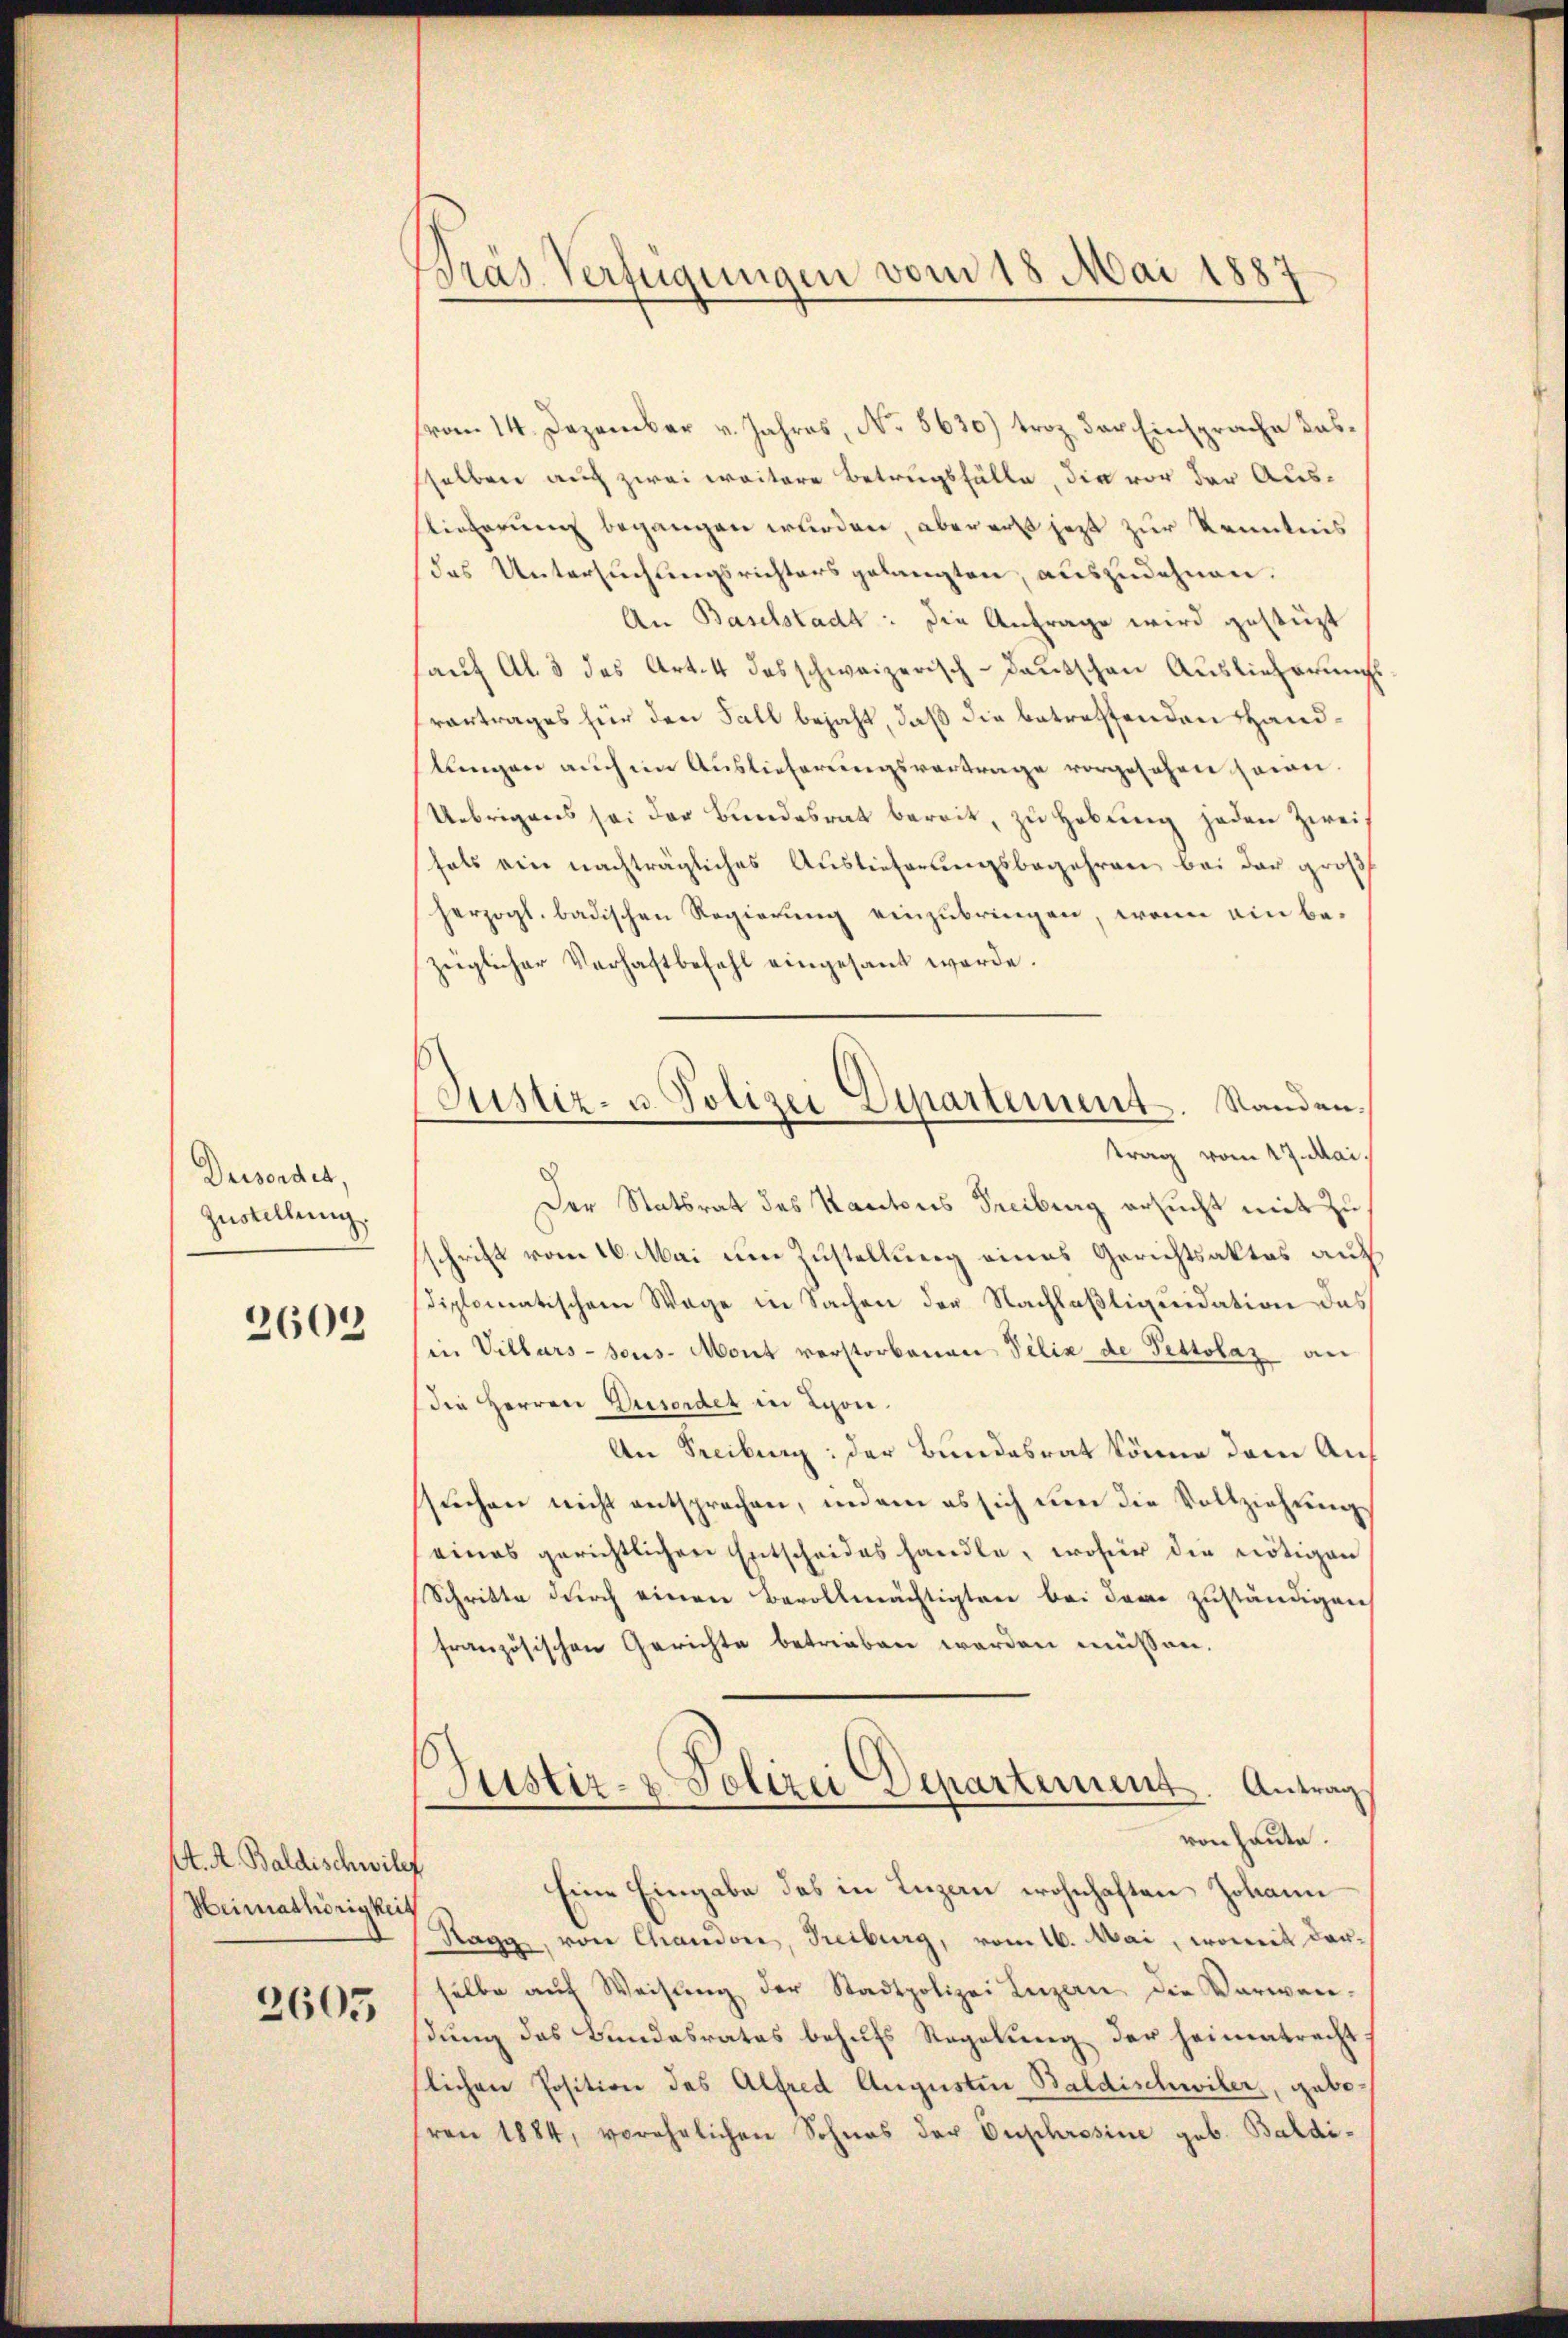
Dersendes,
Zustellung.

2603

A. A. Baldischwill
Heimathörigkeit

2605

Dräs Verfügungen vom 18. Mai 1887

vom 14. Dezember v. Jahres, No. 5630) troz der Einsprache dassselben auch zwei weitere Betrugsfälle, die vor der Ausslieferung begangen wurden, aber erst jezt zur Kenntnis
das Untersuchungsrichters gelangten, auszudehnen.
An Baselstadt: die Anfrage wird gestüzt
aŭf Al. 3 des Art. 4 das schweizerisch-deutschen Auslieferungs
vortrages für den Fall bejaht, daß die betreffenden Handlungen auch im Auslieferungsvertrage vorgesehen sein
Uebrigens sei der Bundesrat bereit, zu Hebung jeden Zweifals ein nachträgliches Auslieferungsbegehren bei der groß
herzogl. badischen Regierung einzubringen, wenn ein bezüglicher Verhaftbefehl eingesant werde.
trag vom 17. Mai
Der Statsrat des Kantons Freiburg ersucht mit zu
schrift vom 16. Mai um Zustellung eines Gerichtsaktes auf
diplomatischen Wege in Sachen der Nachlaßliquidation des
in Villars-Sous-Mont verstorbenen Velix de Pettolaz an
die Herren Dusordet in Lyon.
An Freiburg: der Bundesrat könne dann Ans
suchen nicht entsprechen, indem es sich um die Vollziehung
eines gerichtlichen Entscheides handle, wofür die nötigen
Schritte durch einen Bevollmächtigten bei dem zuständigen
französischen Gerichte betrieben worden müssen.
Justiz- & Polizei Departement. Antrag
von heute.
.
Eine Eingabe des in Luzan wohnhaften Johann
Ragg, von Chandon, Freiburg, vom 16. Mai, womit dar-
selbe aŭf Weisŭng der Stadtpolizei Luzern die Verwen-
dung des Bundesrates behufs Regelung der heimatracht:
slichen Position des Alfred Augusten Baldischwiler, gabe
(von 1884, verehelichen Sohnes der Duphrosine geb. Baldi-

Justiz- u. Polizei Departement. Standen.